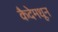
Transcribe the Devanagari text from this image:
कैदेमधून